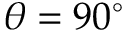
\theta = 9 0 ^ { \circ }